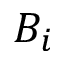
B _ { i }